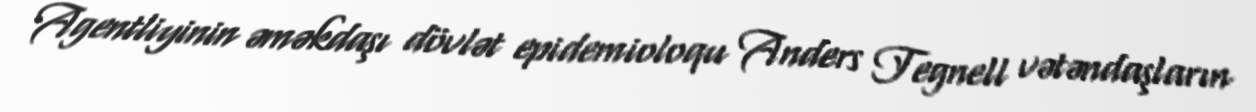
Agentliyinin əməkdaşı dövlət epidemioloqu Anders Tegnell vətəndaşların